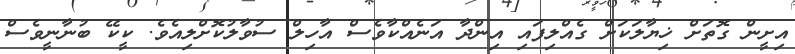
އިށީން ގޮތަށް ޚިޔާލަކަށް ގެއްލިފައި އިންދާ އަނެއްކާވެސް އާހިލް ސުވާލުކޮށްލިއެވެ. ކީކޭ ބުނާނީވެސް